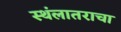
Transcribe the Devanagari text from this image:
स्थंलातराचा